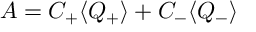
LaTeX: A = C _ { + } \langle Q _ { + } \rangle + C _ { - } \langle Q _ { - } \rangle